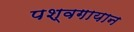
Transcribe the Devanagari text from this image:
पश्वगायान